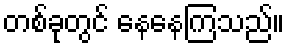
တစ်ခုတွင် နေနေကြသည်။